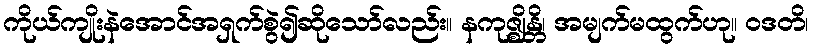
ကိုယ်ကျိုးနဲအောင်အရှက်စွဲ၍ဆိုသော်လည်း။ နကုဇ္ဈိန္တိ၊ အမျက်မထွက်ဟု။ ဝဒတိ၊